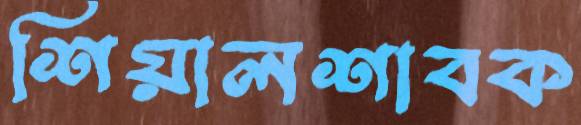
শিয়ালশাবক